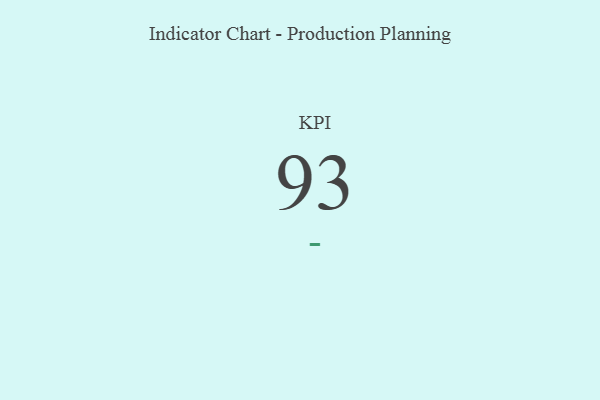
{"axis": {"x": "KPI", "y": "Value"}, "legend": [""], "data": [{"x": "KPI", "y": 93, "type": ""}]}